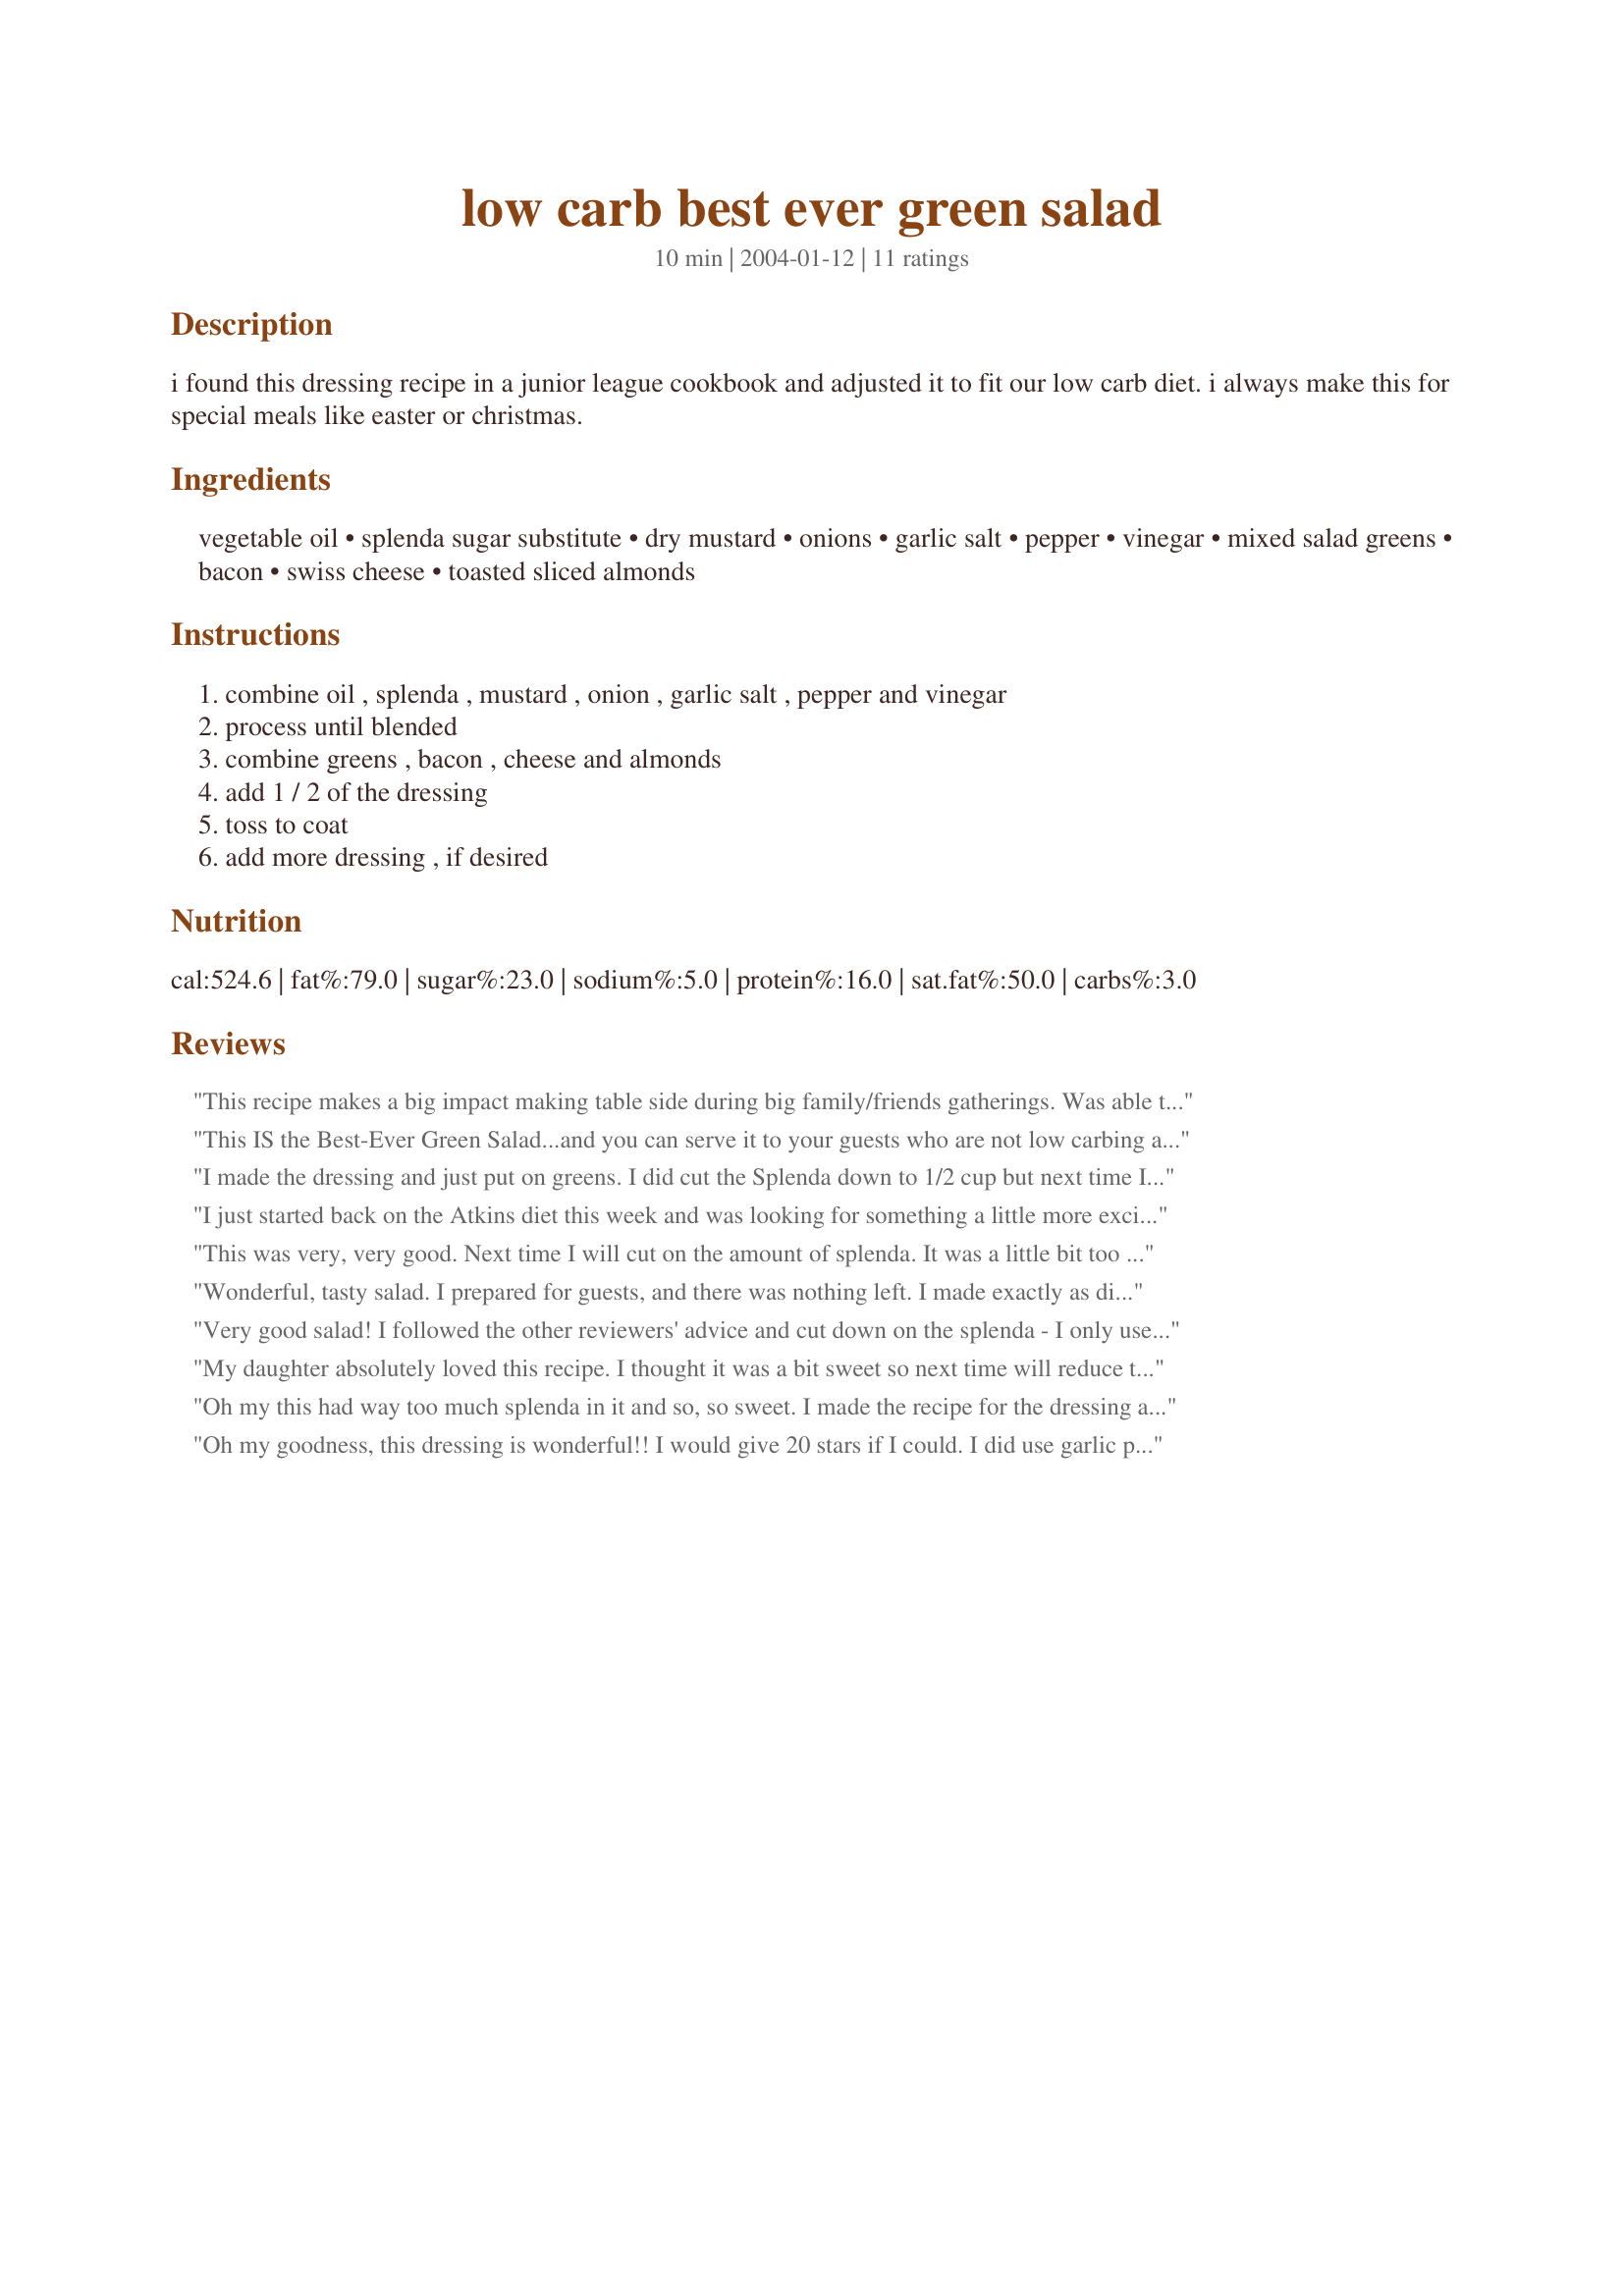
low carb best ever green salad
Preparation time: 10 minutes

i found this dressing recipe in a junior league cookbook and adjusted it to fit our low carb diet. i always make this for special meals like easter or christmas.

Ingredients:
vegetable oil, splenda sugar substitute, dry mustard, onions, garlic salt, pepper, vinegar, mixed salad greens, bacon, swiss cheese, toasted sliced almonds

Steps:
combine oil , splenda , mustard , onion , garlic salt , pepper and vinegar, process until blended, combine greens , bacon , cheese and almonds, add 1 / 2 of the dressing, toss to coat, add more dressing , if desired

Reviews:
This recipe makes a big impact making table side during big family/friends gatherings. Was able to make this salad and dressing within seconds. The taste is terrific, but out of personal preference I adapted the amount of Splenda to less then 1/2 cup, and used the box cheese grater to grate the onion instead of mincing it. Thank you Chill!
This IS the Best-Ever Green Salad...and you can serve it to your guests who are not low carbing and they will love it too! I too, mixed all the dressing ingredients in a bottle and refrigerated prior to serving. The toasted almonds add a special touch...and what better combination than bacon and swiss cheese? My guys fought over who got to finish off this salad...there were no leftovers!!! Thanks for yet another special recipe Chill!
I made the dressing and just put on greens. I did cut the Splenda down to 1/2 cup but next time I would cut it down even more as it was still a bit sweet for me. I used canola oil and red wine vinegar. I enjoyed this but also just made the dressing on the side. Will make this again.
I just started back on the Atkins diet this week and was looking for something a little more exciting than the same old, same old. I found this recipe and thought I would give it a go. When I first made the dressing I wasn't quite sure if it was going to be something I would enjoy but set it in the refrigerator while I continued to cook my meat dish. I fixed this exactly as is except I didn't have swiss cheese, only a blend of Monterey Jack and Colby. But boy was this awesome! I can't wait for supper tonight to have some more. While I was eating it I kept thinking "This reminds me of something I have had before" then later in the evening it dawned on me that this puts me in mind of the Applebee's Oriental Chicken Salad. It's not exactly like it, but it does remind me of it and I love that salad. So tonight I think I will add some grilled chicken to it for a complete meal. Thanks for sharing and you are right about the title. It is the best!
This was very, very good. Next time I will cut on the amount of splenda. It was a little bit too sweet for me. Other than that this one is a real winner!
Wonderful, tasty salad. I prepared for guests, and there was nothing left. I made exactly as directed except I did not process the dressing I minced the onion very fine, shook all dressing ingredients vigorously in sealed plastic container, and refrigerated several hours before serving. Everyone asked for the recipe. We absolutely loved this and will make over and over again.
Very good salad! I followed the other reviewers' advice and cut down on the splenda - I only used about 1-2 packets. I'm not a swiss cheese fan so I didn't use the full 4 oz. I also left out the almonds, only because I didn't have any on hand. I've made this several times, regardless if I'm following a low carb diet or not. My friends loved it as well!
My daughter absolutely loved this recipe. I thought it was a bit sweet so next time will reduce the amount of sugar. We used combo of spinach and romaine, bacon bits,grated fresh parmesan, and almonds which I forgot to roast.Thx for new addition to my salad collection.
Oh my this had way too much splenda in it and so, so sweet. I made the recipe for the dressing and served it over spinach, tomatoes, zucchina, bacon and red onion salad. Wish I would have read the other reviews and cut back on the splenda. Thanks for sharing. Made for "The Love Train" event.
Oh my goodness, this dressing is wonderful!! I would give 20 stars if I could. I did use garlic powder instead of the garlic salt & couldn't find shredded swiss in my small groc. store so used parmesan. This tastes just like a dressing my Mom used to make years ago. Really took me back a few years. I had forgotten how much I liked it. I used Balsamic vinegar & it came out perfect!! Thanks so much for a keeper Chill.
!!DELICIOUS!!! This salad was so GOOD!. My husband loved it. And My little one ate all of her salad. She doesn't eat salads. So it was a shoker when we were eating. This was very good eventhough i did had almonds and onion but used onion powder instead.Loved it.
